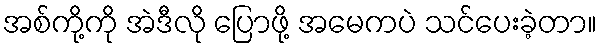
အစ်ကို့ကို အဲဒီလို ပြောဖို့ အမေကပဲ သင်ပေးခဲ့တာ။